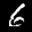
Label: 6